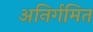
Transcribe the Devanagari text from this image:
अनिर्गमित